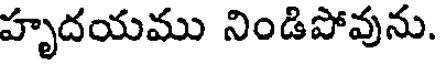
హృదయము నిండిపోవును.